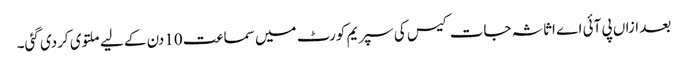
بعد ازاں پی آئی اے اثاثہ جات کیس کی سپریم کورٹ میں سماعت 10دن کے لیے ملتوی کردی گئی۔